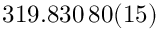
3 1 9 . 8 3 0 \, 8 0 ( 1 5 )